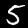
Digit: 5